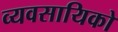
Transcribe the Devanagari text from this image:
व्यवसायिको